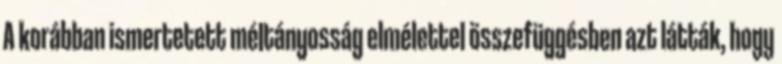
A korábban ismertetett méltányosság elmélettel összefüggésben azt látták, hogy